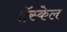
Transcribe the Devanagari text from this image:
हॅस्केल